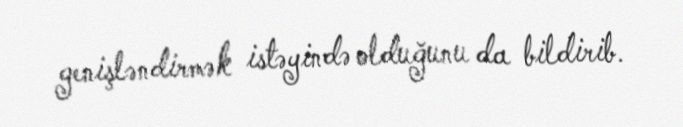
genişləndirmək istəyində olduğunu da bildirib.